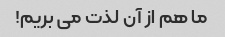
ما هم از آن لذت می بریم!